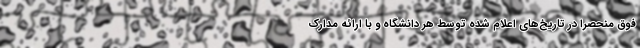
فوق منحصرا در تاریخ‌های اعلام شده توسط هر دانشگاه و با ارائه مدارک